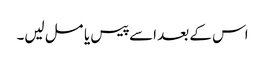
اس کے بعد اسے پیس یا مسل لیں۔